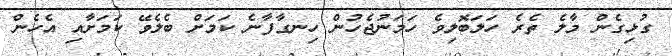
ގުޅިގެން މާލެ ތެރެ ހަލަބޮލިވެ ހަމަނުޖެހުން ހިނގާފާނެ ކަމަށް ބެލެވޭ ކަމަށާއި އެހެން